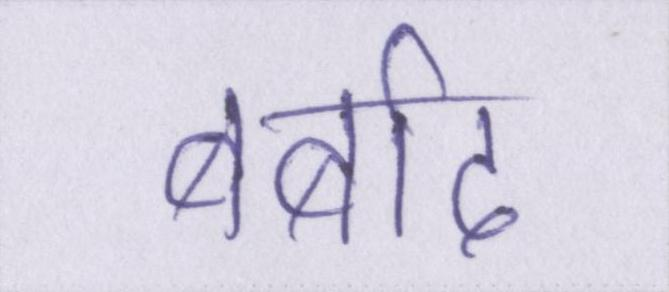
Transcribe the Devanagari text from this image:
बर्बाद